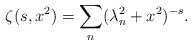
\begin{align*}\zeta(s,x^2)=\sum_{n}(\lambda_n^2+x^2)^{-s}{.}\end{align*}